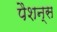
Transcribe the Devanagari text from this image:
पैशन्स